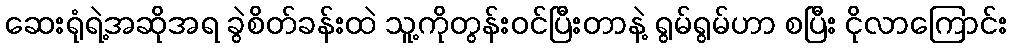
ဆေးရုံရဲ့အဆိုအရ ခွဲစိတ်ခန်းထဲ သူ့ကိုတွန်းဝင်ပြီးတာနဲ့ ရွမ်ရွမ်ဟာ စပြီး ငိုလာကြောင်း